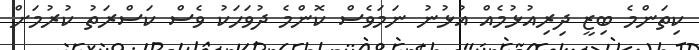
ކިތަންމެ ބިޒީ ދިރިއުޅުމެއް އުޅުނު ނަމަވެސް ކޮންމެ ދުވަހަކު ވެސް ކަސްރަތު ކުރުމަށް